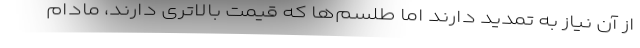
از آن نیاز به تمدید دارند اما طلسم‌ها که قیمت بالاتری دارند، مادام